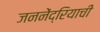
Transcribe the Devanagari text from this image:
जननेंद्रियाची